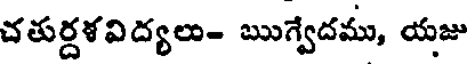
చతుర్దళవిద్యలు- ఋగ్వేదము, యజు